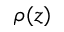
\rho ( z )